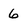
Character: 6